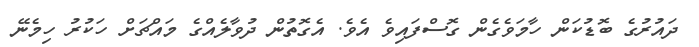
ދައުރުގެ ބޮޑުކަން ހާމަވެގެން ގޮސްފައިވެ އެވެ. އެގޮތުން ދުވާލެއްގެ މައްޗަށް ހަކުރު ހިމެނޭ